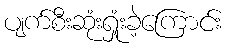
ပျက်စီးဆုံးရှုံးခဲ့ကြောင်း